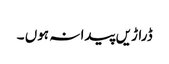
ڈراڑیں پیدا نہ ہوں ۔